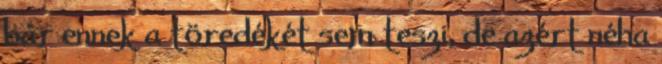
bár ennek a töredékét sem teszi, de azért néha